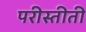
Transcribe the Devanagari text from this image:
परीस्तीती